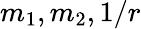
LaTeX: m_{1},m_{2},1/r